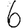
Digit: 6